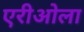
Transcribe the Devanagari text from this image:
एरीओला